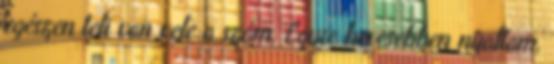
egészen teli van vele a szám. Egyre hevesebben nyaltam,